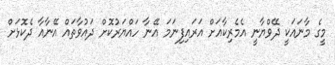
މީގެ މާނައަކީ ދޭވްޔާނީ އެމެރިކާއަށް އަރައިފިނަމަ އޭނާ ހައްޔަރުކޮށް ދައުވާތައް އޭނާއާ ދެކޮޅަށް